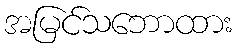
အမြင်သဘောထား